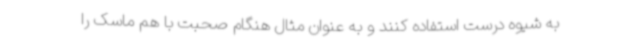
به شیوه درست استفاده کنند و به عنوان مثال هنگام صحبت با هم ماسک را